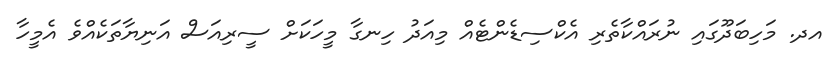
އދ. މަހިބަދޫގައި ނުރައްކާތެރި އެކްސިޑެންޓެއް މިއަދު ހިނގާ މީހަކަށް ސީރިއަސް އަނިޔާތަކެއްވެ އެމީހާ